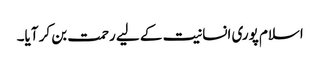
اسلام پوری انسانیت کے لیے رحمت بن کر آیا۔